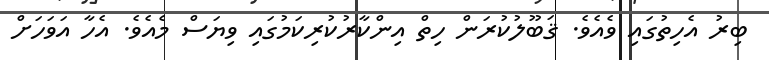
ބިރު އެހިތުގައި ވެއެވެ. ޤަބޫލުކުރަން ހިތް އިންކާރުކުރިކަމުގައި ވިޔަސް މެއެވެ. އެހާ އަވަހަށް